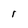
Character: 1